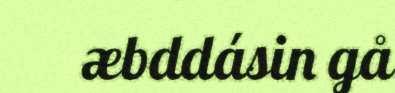
æbddásin gå